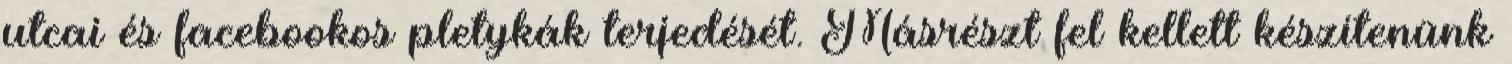
utcai és facebookos pletykák terjedését. Másrészt fel kellett készítenünk